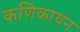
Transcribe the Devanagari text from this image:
कणिकायन